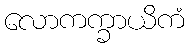
လောကက္ခာယိကံ